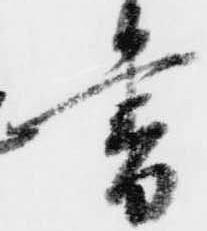
書